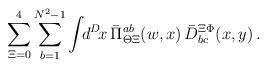
LaTeX: \begin{align*}\sum\limits_{\Xi = 0}^4 \sum\limits_{b=1}^{N^2-1} \int\!\! d^D\!x \,\bar \Pi_{\Theta\Xi}^{ab}(w,x)\, \bar D^{\Xi\Phi}_{bc}(x,y) \,.\end{align*}